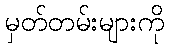
မှတ်တမ်းများကို